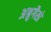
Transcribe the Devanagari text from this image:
अश्रुगैसों